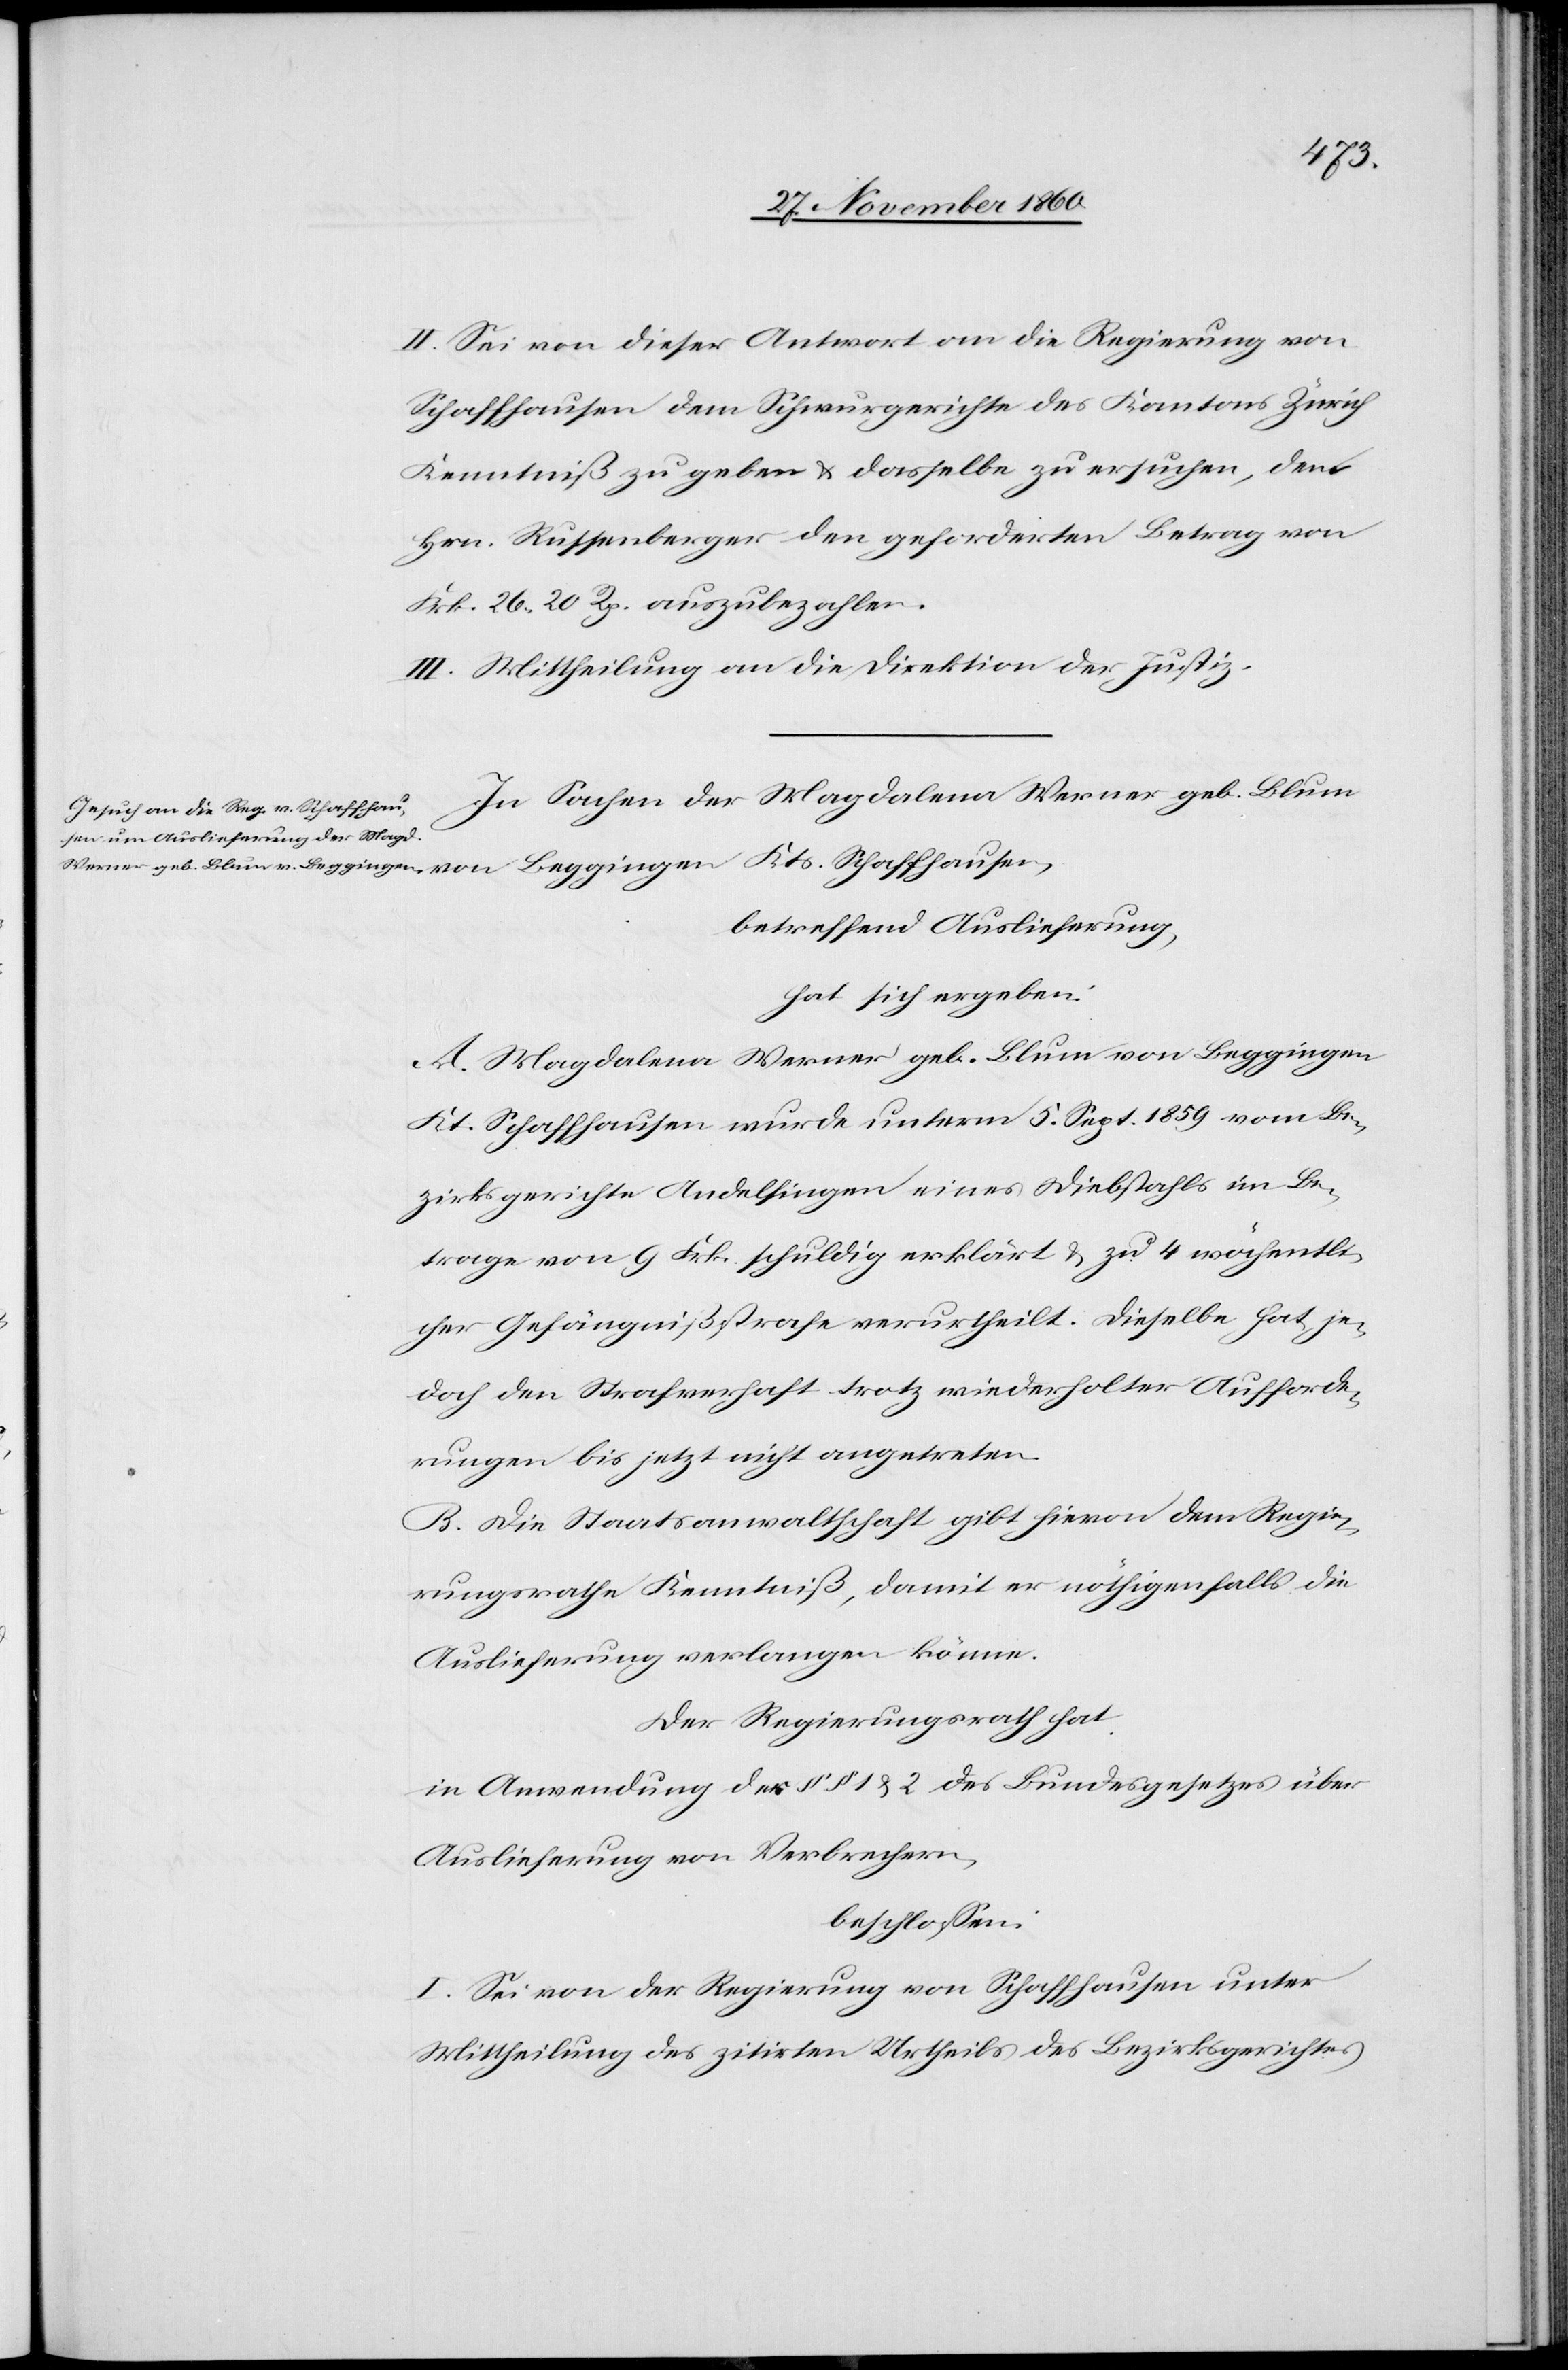
II. Sei von dieser Antwort an die Regierung von
Schaffhausen dem Schwurgerichte des Kantons Zürich
Kenntniß zu geben u. dasselbe zu ersuchen, dem
Hrn. Russenberger den geforderten Betrag von
Frk. 26 20 Rp. auszubezahlen.
III. Mittheilung an die Direktion der Justiz.
betreffend Auslieferung,
hat sich ergeben:
A. Magdalena Werner geb. Blum von Beggingen
Kt. Schaffhausen wurde unterm 5. Sept. 1859 vom Be¬
zirksgerichte Andelfingen eines Diebstahls im Be¬
trage von 9 Frk. schuldig erklärt u. zu 4 wöchentli¬
cher Gefängnißstrafe verurtheilt. Dieselbe hat je¬
doch den Strafverhaft trotz wiederholter Aufforde¬
rung bis jetzt nicht angetreten.
B. Die Staatsanwaltschaft gibt hievon dem Regie¬
rungsrathe Kenntniß, damit er nöthigenfalls die
Auslieferung verlangen könne.
Der Regierungsrath hat
in Anwendung des §§ 1. u. 2 des Bundesgesetzes über
Auslieferung von Verbrechern,
beschlossen:
I. Sei von der Regierung von Schaffhausen unter
Mittheilung des zitirten Urtheils des Bezirksgerichtes